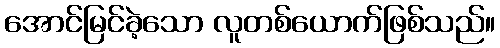
အောင်မြင်ခဲ့သော လူတစ်ယောက်ဖြစ်သည်။